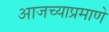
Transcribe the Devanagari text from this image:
आजच्याप्रमाणे